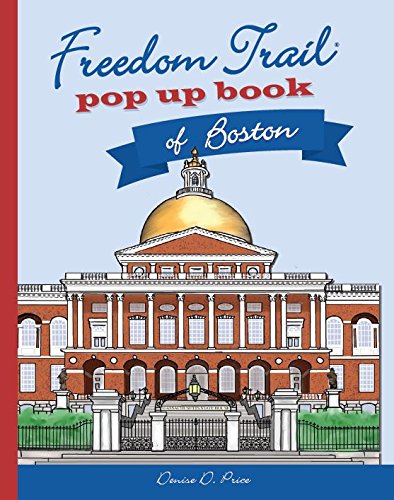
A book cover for Freedom Trail Pop Up Book of Boston; Denise D. Price; Travel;